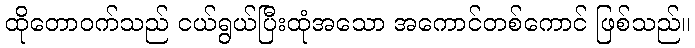
ထိုတောဝက်သည် ငယ်ရွယ်ပြီးထုံအသော အကောင်တစ်ကောင် ဖြစ်သည်။